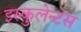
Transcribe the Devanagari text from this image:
इस्कुलेन्टस